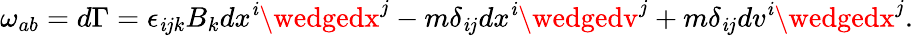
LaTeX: \omega_{ab}=d\Gamma=\epsilon_{\mathit{i}jk}B_{k}dx^{\mathit{i}}\wedgedx^{j}-m\delta_{\mathit{i}j}dx^{\mathit{i}}\wedgedv^{j}+m\delta_{\mathit{i}j}dv^{\mathit{i}}\wedgedx^{j}.